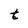
Character: t